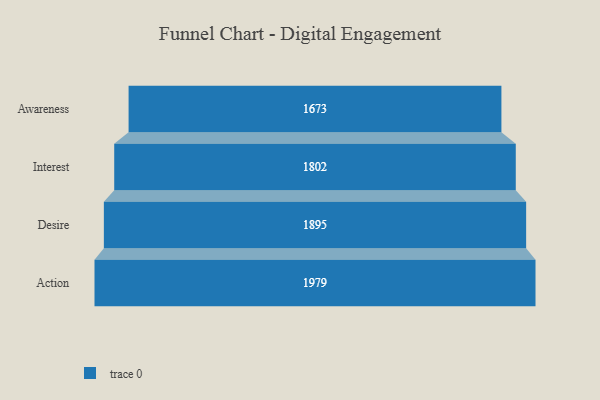
{"axis": {"x": "Stage", "y": "Value"}, "legend": [""], "data": [{"x": "Awareness", "y": 1673.0, "type": ""}, {"x": "Interest", "y": 1802.0, "type": ""}, {"x": "Desire", "y": 1895.0, "type": ""}, {"x": "Action", "y": 1979.0, "type": ""}]}